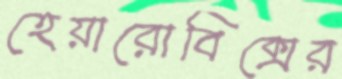
হেয়ারোবিক্সের